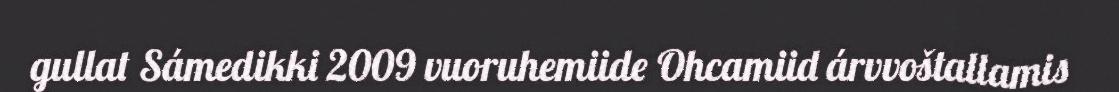
gullat Sámedikki 2009 vuoruhemiide Ohcamiid árvvoštallamis